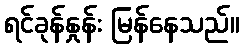
ရင်ခုန်နှုန်း မြန်နေသည်။